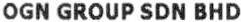
OGN GROUP SDN BHD